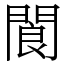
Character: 閬